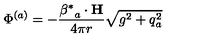
\Phi ^ { ( a ) } = - \frac { { { \mathrm { \boldmath \beta ^ * } } _ { a } } \cdot { \bf H } } { 4 \pi r } \sqrt { g ^ { 2 } + q _ { a } ^ { 2 } }